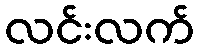
လင်းလက်